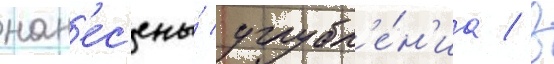
нан'ес'ены́ углубл'е́н'иа / в